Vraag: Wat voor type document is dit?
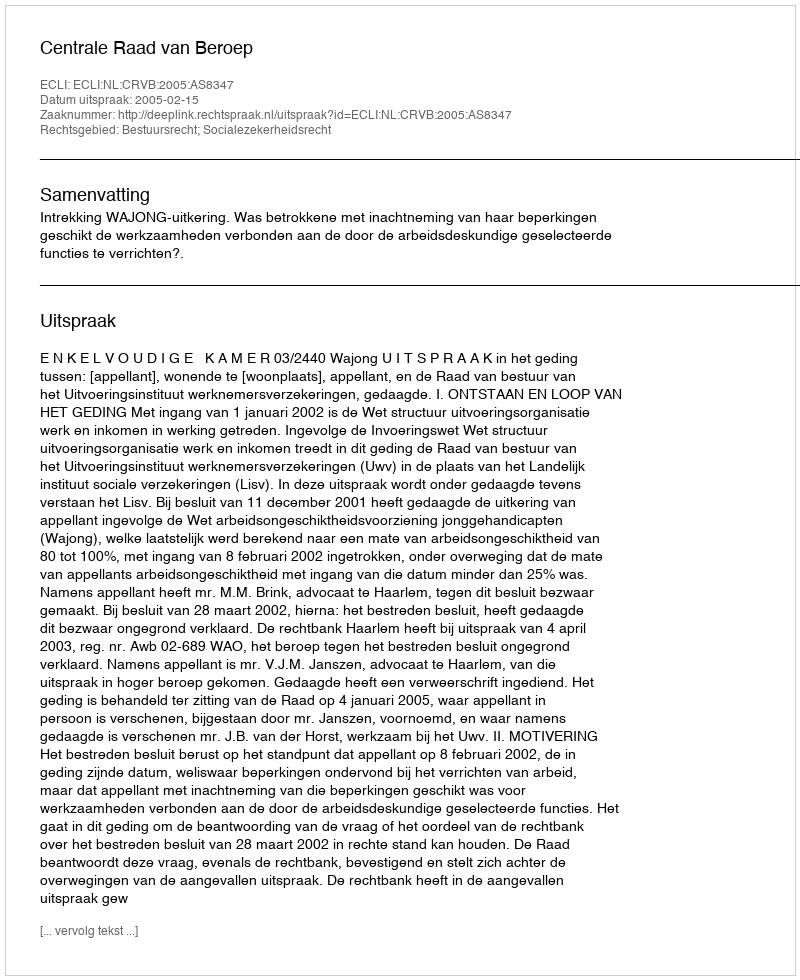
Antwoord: Uitspraak